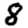
Digit: 8